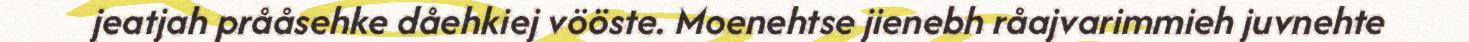
jeatjah prååsehke dåehkiej vööste. Moenehtse jienebh råajvarimmieh juvnehte